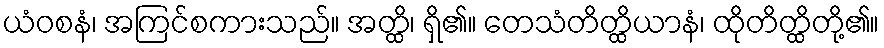
ယံဝစနံ၊ အကြင်စကားသည်။ အတ္ထိ၊ ရှိ၏။ တေသံတိတ္ထိယာနံ၊ ထိုတိတ္ထိတို့၏။